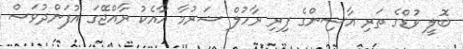
ބޮލީ ވުޑްގެ ތަރި އާސިންގެ ފިރި ރާހުލް ޝަރުމާ އާއެކު ރާއްޖޭގަ އުފަންދުވަސް